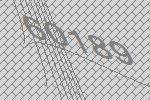
60189